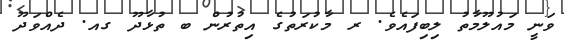
ވަނީ މައުލޫމާތު ލިބިފައެވެ. ރ މާކުރަތުގެ އިތުރުން ބ ތުޅާދޫ ގއ. ދެއްވަދޫ